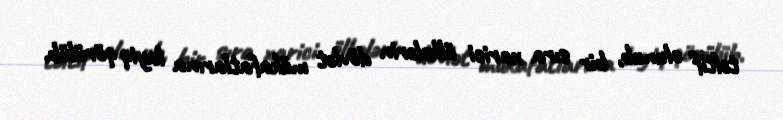
təltif olunub, bir sıra xarici ölkələrin dövlət mükafatlarına layiq qörülüb.